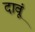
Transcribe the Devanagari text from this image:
दावूं